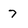
Character: 7